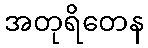
အတုရိတေန